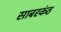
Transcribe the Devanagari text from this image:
साबरकंठ